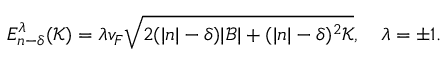
E _ { n - \delta } ^ { \lambda } ( \mathcal { K } ) = \lambda v _ { F } \sqrt { 2 ( | n | - \delta ) | \mathcal { B } | + ( | n | - \delta ) ^ { 2 } \mathcal { K } } , \quad \lambda = \pm 1 .